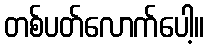
တစ်ပတ်လောက်ပေါ့။